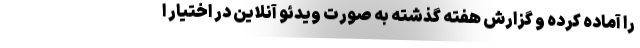
را آماده کرده و گزارش هفته گذشته به صورت ویدئو آنلاین در اختیار ا